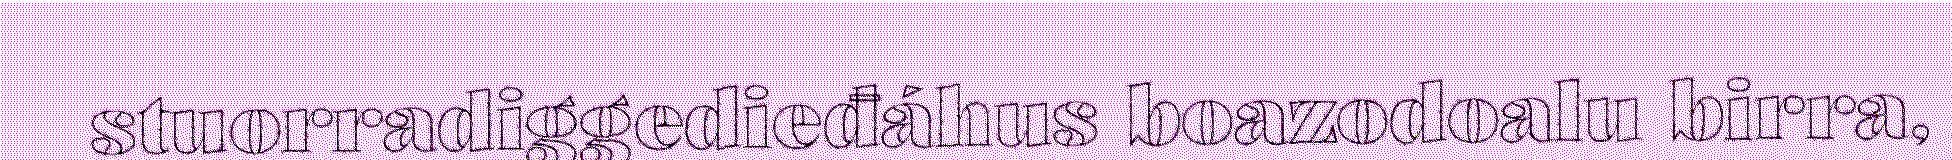
stuorradiggedieđáhus boazodoalu birra,